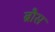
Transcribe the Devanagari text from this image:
ब्रौस